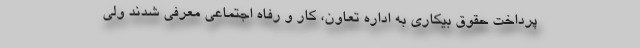
پرداخت حقوق بیکاری به اداره تعاون، کار و رفاه اجتماعی معرفی شدند ولی